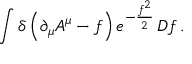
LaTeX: \int \delta \left( \partial _ { \mu } A ^ { \mu } - f \right) e ^ { - { \frac { f ^ { 2 } } { 2 } } } \, D f \, .